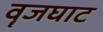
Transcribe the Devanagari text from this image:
वॄजघाट